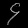
Digit: ၄